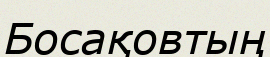
Босақовтың